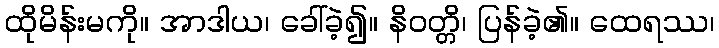
ထိုမိန်းမကို။ အာဒါယ၊ ခေါ်ခဲ့၍။ နိဝတ္တိ၊ ပြန်ခဲ့၏။ ထေရဿ၊